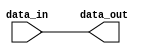
module Generate_Parameterized_Module #(parameter WIDTH = 8) (
    input wire [WIDTH-1:0] data_in,
    output wire [WIDTH-1:0] data_out
);

// Internal logic
assign data_out = data_in;

endmodule